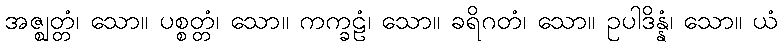
အဇ္ဈတ္တံ၊ သော။ ပစ္စတ္တံ၊ သော။ ကက္ခဠံ၊ သော။ ခရိဂတံ၊ သော။ ဥပါဒိန္နံ၊ သော။ ယံ